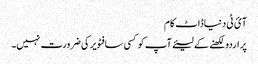
آئ ٹی دنیاڈاٹ کام
پر اردو لکھنے کے لیئےآپ کو کسی سافٹویر کی ضرورت نہیں۔